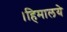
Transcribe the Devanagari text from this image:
।हिमालये